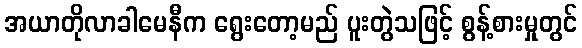
အယာတိုလာခါမေနီက ရွေးတော့မည် ပူးတွဲသဖြင့် စွန့်စားမှုတွင်